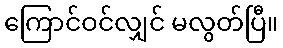
ကြောင်ဝင်လျှင် မလွတ်ပြီ။